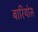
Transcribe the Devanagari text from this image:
बारियोस